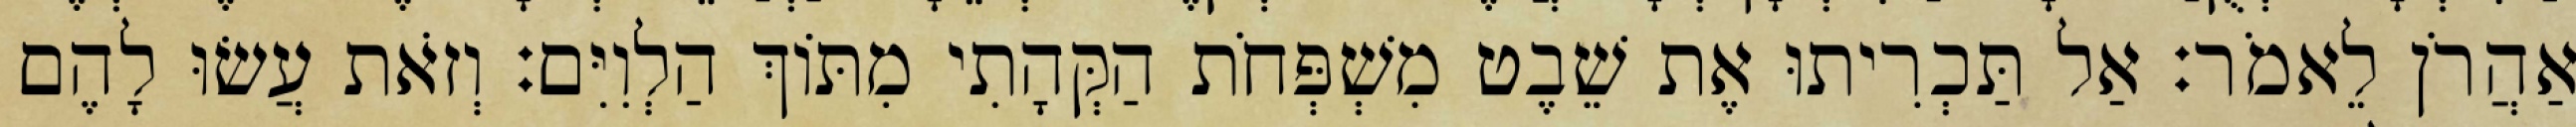
אַהֲרֹן לֵאמֹר׃ אַל תַּכְרִיתוּ אֶת שֵׁבֶט מִשְׁפְּחֹת הַקְּהָתִי מִתּוֹךְ הַלְוִיִּם׃ וְזֹאת עֲשׂוּ לָהֶם